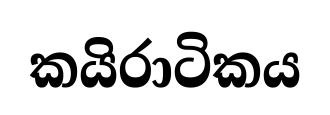
කයිරාටිකය